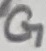
Text: G